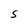
Character: S